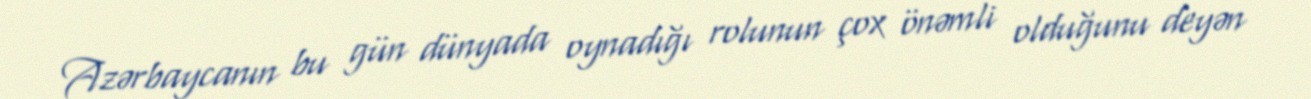
Azərbaycanın bu gün dünyada oynadığı rolunun çox önəmli olduğunu deyən